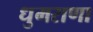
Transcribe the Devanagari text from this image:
धुमराणा